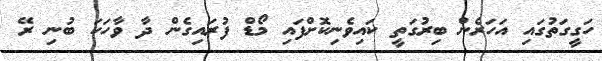
ހަގީގަތުގައި އަހަރެން ބިރުގަތީ ކައިވެނިކޮށްފައި މޯޑް ފުރައިގެން ދާ ވާހަކަ ބުނި ރޭ